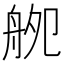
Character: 𦨨